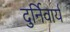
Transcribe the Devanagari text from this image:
दुर्निवार्य